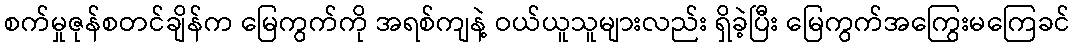
စက်မှုဇုန်စတင်ချိန်က မြေကွက်ကို အရစ်ကျနဲ့ ဝယ်ယူသူများလည်း ရှိခဲ့ပြီး မြေကွက်အကြွေးမကြေခင်